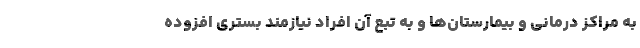
به مراکز درمانی و بیمارستان‌ها و به تبع آن افراد نیازمند بستری افزوده